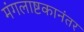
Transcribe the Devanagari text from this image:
मंगलाष्टकानंतर